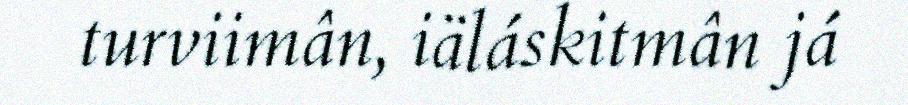
turviimân, iäláskitmân já